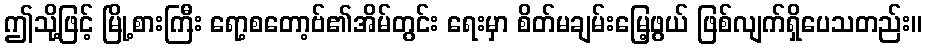
ဤသို့ဖြင့် မြို့စားကြီး ရော့စတော့ဗ်၏အိမ်တွင်း ရေးမှာ စိတ်မချမ်းမြေ့ဖွယ် ဖြစ်လျက်ရှိပေသတည်း။